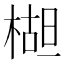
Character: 𬃱